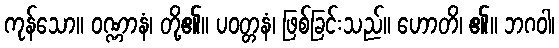
ကုန်သော။ ဝဏ္ဏာနံ၊ တို့၏။ ပဝတ္တနံ၊ ဖြစ်ခြင်းသည်။ ဟောတိ၊ ၏။ ဘဂဝါ၊